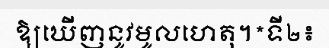
ឱ្យឃើញនូវមូលហេតុ។*ទី២៖